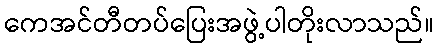
ကေအင်တီတပ်ပြေးအဖွဲ့ပါတိုးလာသည်။